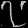
Digit: ၇